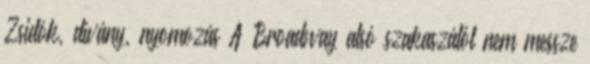
Zsidók, dívány, nyomozás A Broadway alsó szakaszától nem messze